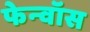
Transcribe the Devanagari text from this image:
फेन्‍वॉस